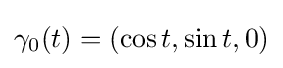
\gamma _{0}(t)=(\cos t,\sin t,0)